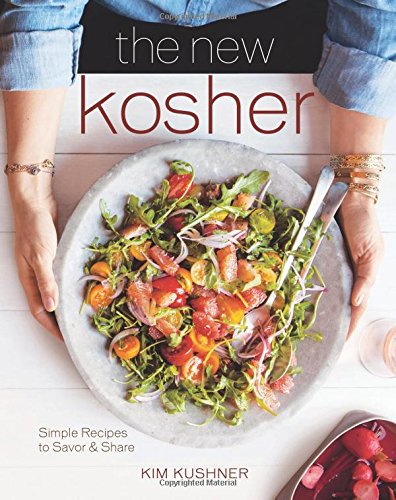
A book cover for The New Kosher; Kim Kushner; Cookbooks, Food & Wine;